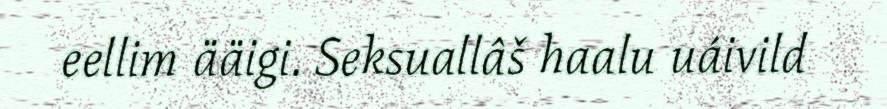
eellim ääigi. Seksuallâš haalu uáivild